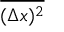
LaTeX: \overline { { ( \Delta x ) ^ { 2 } } }